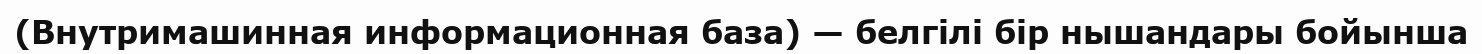
(Внутримашинная информационная база) — белгілі бір нышандары бойынша